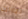
تيارات